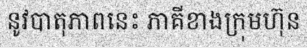
នូវបាតុភាពនេះ ភាគីខាងក្រុមហ៊ុន